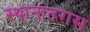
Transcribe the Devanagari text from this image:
स्थानांतरास